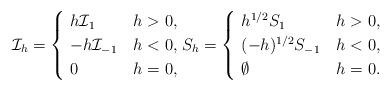
LaTeX: \begin{align*}\mathcal{I}_{h}=\begin{cases}\ h \mathcal{I}_{1} &h>0, \\\ -h \mathcal{I}_{-1} &h<0,\\\ 0 &h=0,\end{cases}S_{h}=\begin{cases}\ h^{1/2} S_{1} &h>0, \\\ (-h)^{1/2} S_{-1} &h<0,\\\ \emptyset &h=0.\end{cases}\end{align*}